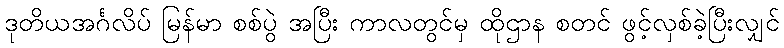
ဒုတိယအင်္ဂလိပ် မြန်မာ စစ်ပွဲ အပြီး ကာလတွင်မှ ထိုဌာန စတင် ဖွင့်လှစ်ခဲ့ပြီးလျှင်